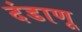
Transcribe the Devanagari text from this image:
दंडाणू